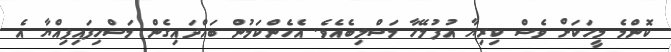
ކޮންމެ މީހަކަށް ވެސް ކިރިޔާ އުފުލޭހާ މަސްލިބެއެވެ. އެހެންކަމުން ބައްދައިގެން މަސްހިފައިފިއްޔާ އެ